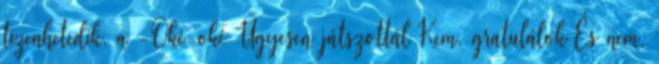
tizenhetedik, a -Oké-oké Ügyesen játszottál Kem, gratulálok És nem,